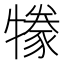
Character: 㹖